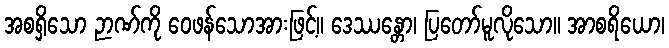
အစရှိသော ဉာဏ်ကို ဝေဖန်သောအားဖြင့်။ ဒေဿန္တော၊ ပြတော်မူလိုသော။ အာစရိယော၊